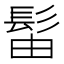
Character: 𫘼